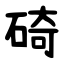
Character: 碕